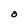
Character: O